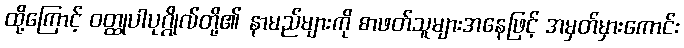
ထို့ကြောင့် ဝတ္ထုပါပုဂ္ဂိုလ်တို့၏ နာမည်များကို စာဖတ်သူများအနေဖြင့် အမှတ်မှားကောင်း